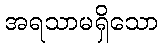
အရသာမရှိသော